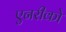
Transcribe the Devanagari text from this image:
एनरीको